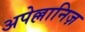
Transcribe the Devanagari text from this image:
अपेल्लानिज़